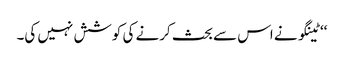
‘‘ٹینگو نے اس سے بحث کرنے کی کوشش نہیں کی۔